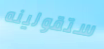
ستقولينه